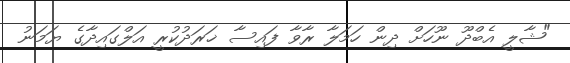
"ޝާލީ އެބްދޫ ނޫހަށް ދިން ހަމަލާ ރާވާ ފައިސާ ޚަރަދުކުރީ އަލްގައިދާގެ ޔަމަނު